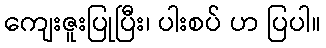
ကျေးဇူးပြုပြီး၊ ပါးစပ် ဟ ပြပါ။